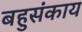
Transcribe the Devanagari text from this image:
बहुसंकाय